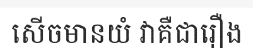
សើចមានយំ វាគឺជារឿង